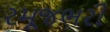
રમૂજભરી